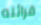
قرائته